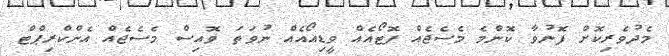
މެދުވެރިކޮށް ފޮނުވާ ކޮންމެ މެސެޖެއް ފޮޓޯއެއް ވީޑިއޯއެއް ނުވަތަ ވޮއިސް މެސެޖެއް އެންކްރިޕްޓް